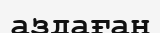
аздаған